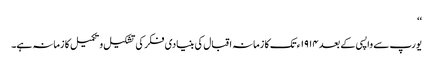
‘‘
یورپ سے واپسی کے بعد ١٩١۴ء تک کا زمانہ اقبال کی بنیادی فکر کی تشکیل و تکمیل کا زمانہ ہے۔